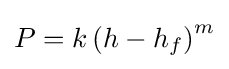
P=k\left(h-h_{f}\right)^{m}